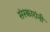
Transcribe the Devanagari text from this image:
संस्कारांनी